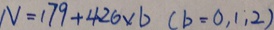
N = 1 7 9 + 4 2 6 \times b ( b = 0 , 1 , 2 )